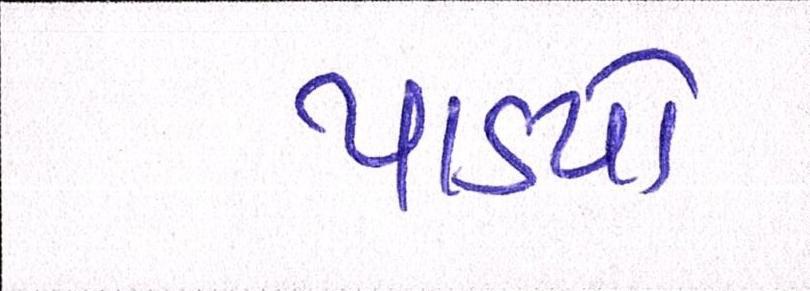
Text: પાડયો